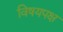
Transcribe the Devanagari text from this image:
विषयपक्ष